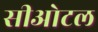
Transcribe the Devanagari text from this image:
सीओटल